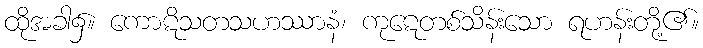
ထိုအခါ၌။ ကောဋိသတသဟဿာနံ၊ ကုဋေတစ်သိန်းသော ရဟန်းတို့၏။